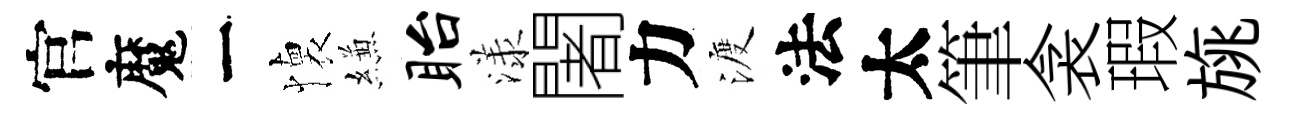
官魔一懐縑眙漾闍力渡法太筆衾瑕旐